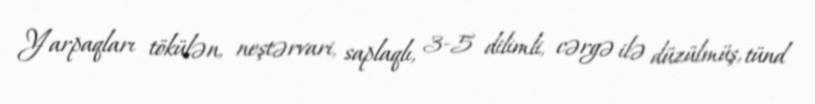
Yarpaqları tökülən, neştərvari, saplaqlı, 3-5 dilimli, cərgə ilə düzülmüş, tünd